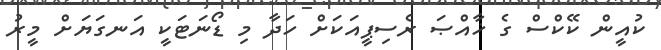
ކުއީން ކޭކްސް ގެ ޚާއްޞަ ރެސިޕީއަކަށް ހަދާ މި ޑޯނަޓަކީ އަނގަޔަށް މީރު